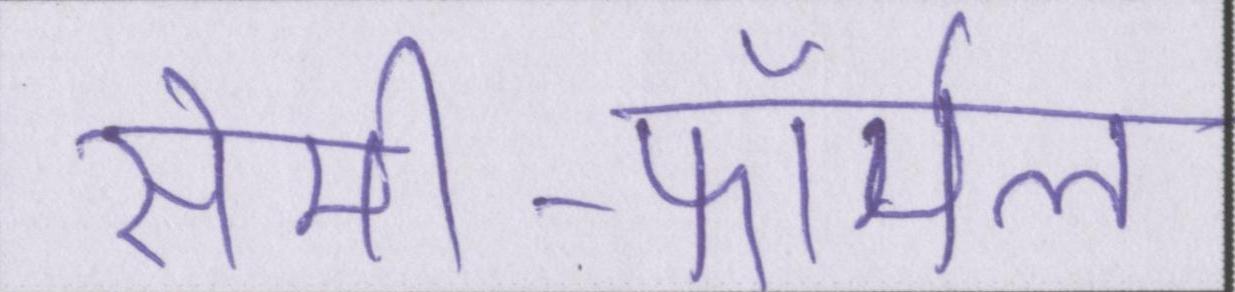
सेमी-फॉर्मल